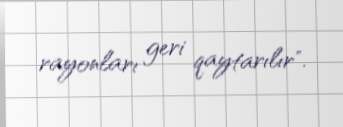
rayonları geri qaytarılır".